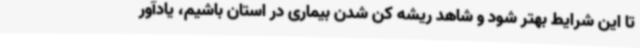
تا این شرایط بهتر شود و شاهد ریشه کن شدن بیماری در استان باشیم، یادآور